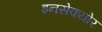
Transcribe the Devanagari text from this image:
इनसेक्योर